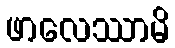
ဖာလေဿာမိ